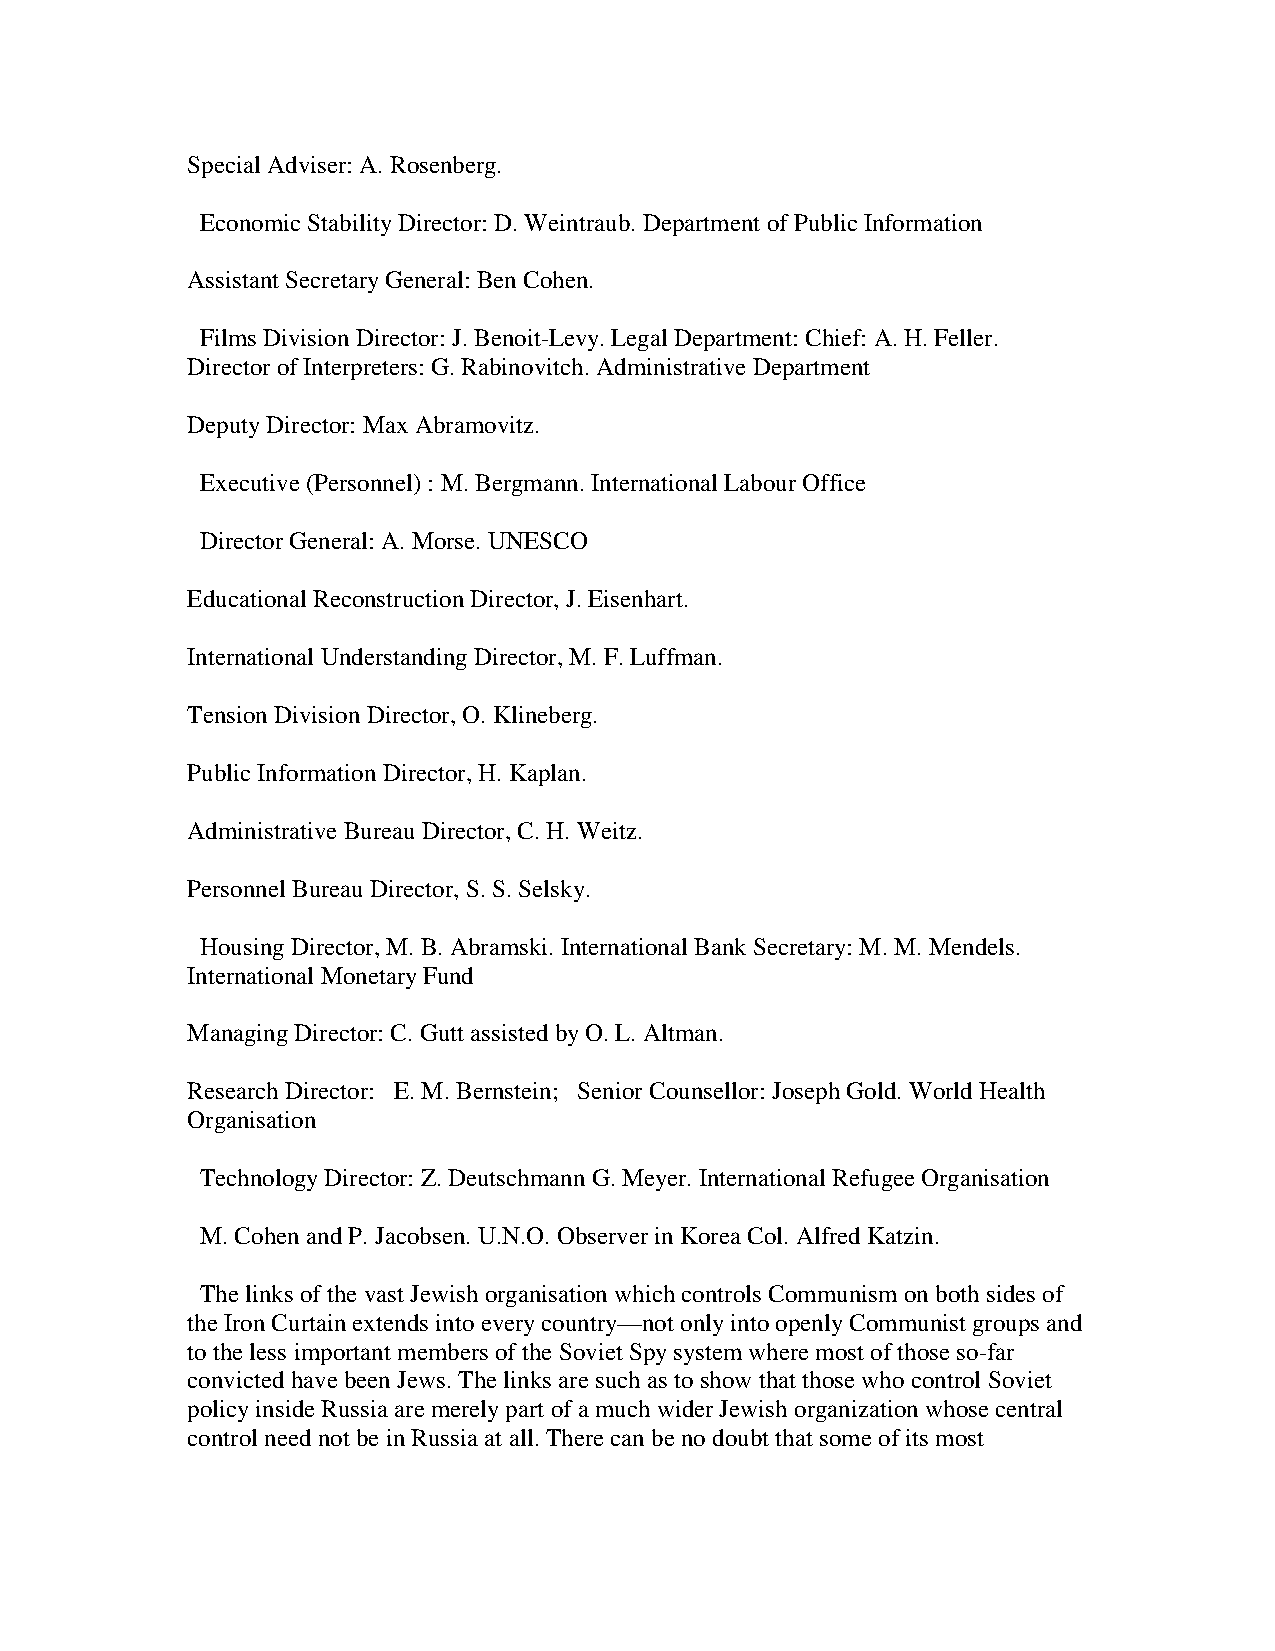
Special Adviser: A. Rosenberg.
 Economic Stability Director: D. Weintraub. Department of Public Information
 Assistant Secretary General: Ben Cohen.
 Films Division Director: J. Benoit-Levy. Legal Department: Chief: A. H. Feller.
 Director of Interpreters: G. Rabinovitch. Administrative Department
 Deputy Director: Max Abramovitz.
 Executive (Personnel) : M. Bergmann. International Labour Office
 Director General: A. Morse. UNESCO
 Educational Reconstruction Director, J. Eisenhart.
 International Understanding Director, M. F. Luffman.
 Tension Division Director, O. Klineberg.
 Public Information Director, H. Kaplan.
 Administrative Bureau Director, C. H. Weitz.
 Personnel Bureau Director, S. S. Selsky.
 Housing Director, M. B. Abramski. International Bank Secretary: M. M. Mendels.
 International Monetary Fund
 Managing Director: C. Gutt assisted by O. L. Altman.
 Research Director: E. M. Bernstein; Senior Counsellor: Joseph Gold. World Health
 Organisation
 Technology Director: Z. Deutschmann G. Meyer. International Refugee Organisation
 M. Cohen and P. Jacobsen. U.N.O. Observer in Korea Col. Alfred Katzin.
 The links of the vast Jewish organisation which controls Communism on both sides of
 the Iron Curtain extends into every country—not only into openly Communist groups and
 to the less important members of the Soviet Spy system where most of those so-far
 convicted have been Jews. The links are such as to show that those who control Soviet
 policy inside Russia are merely part of a much wider Jewish organization whose central
 control need not be in Russia at all. There can be no doubt that some of its most